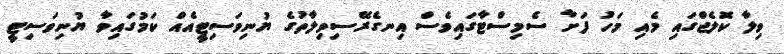
ވިލާ ކޮލެޖްގައި މެއި މަހު ފަށާ ސެމިސްޓާގައިވެސް އިނގެރޭސިވިލާތުގެ ޔުނިވަސިޓީއެއް ކަމުގައިވާ ޔުނިވަސިޓީ